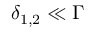
\delta _ { 1 , 2 } \ll \Gamma